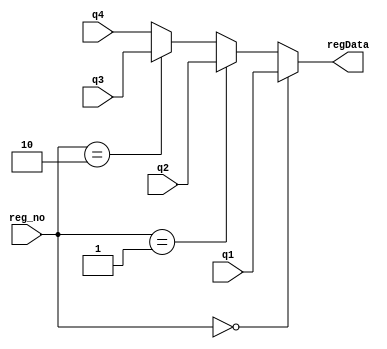
module mux4_1_32bit(regData,q1,q2,q3,q4,reg_no);
	output [31:0]regData;
	reg [31:0] regData;
	input [31:0] q1,q2,q3,q4;
	input [1:0]reg_no;
	always @(reg_no)
		begin 
		if(reg_no==2'b00)
			regData = q1;
		else if(reg_no==2'b01)
			regData = q2;
		else if(reg_no==2'b10)
			regData = q3;
		else 
			regData = q4;
		end
endmodule

module tb_mux;
	wire [31:0] regData;
	reg [1:0] reg_no;
	reg [31:0]q1,q2,q3,q4;
	mux4_1_32bit m1(regData,q1,q2,q3,q4,reg_no);
	initial
		$monitor($time," q1=%b, q2=%b, q3=%b, q4=%b, reg_no=%b, regData=%b",q1,q2,q3,q4,reg_no,regData);
	initial
		begin
		#0 q1 = 32'd1; q2=32'd2; q3=32'd3; q4=32'd4; 
		#1 reg_no = 2'b00; 
		#1 reg_no = 2'b01; 
		#1 reg_no = 2'b10; 
		#1 reg_no = 2'b11; 
		#1 reg_no = 2'b10;
		end
		
endmodule